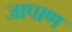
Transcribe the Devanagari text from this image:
जापाण